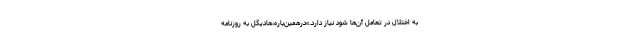
به اختلال در تعامل آن‌ها شود نیاز دارد.»درهمین‌باره،‌هادیگل به روزنامه